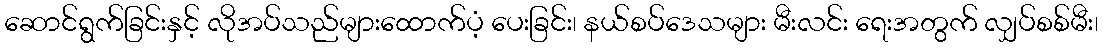
ဆောင်ရွက်ခြင်းနှင့် လိုအပ်သည်များထောက်ပံ့ ပေးခြင်း၊ နယ်စပ်ဒေသများ မီးလင်း ရေးအတွက် လျှပ်စစ်မီး၊